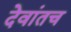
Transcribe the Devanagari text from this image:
देवांतच